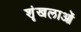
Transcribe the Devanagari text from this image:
शॄंखलाओं